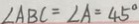
\angle A B C = \angle A = 4 5 ^ { \circ }